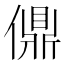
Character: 𫣨